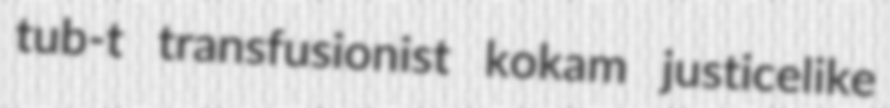
tub-t transfusionist kokam justicelike